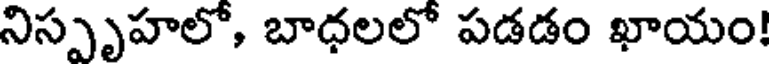
నిస్పృహలో, బాధలలో పడడం ఖాయం!